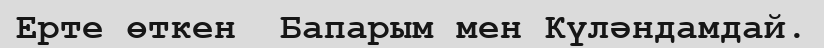
Ерте өткен  Бапарым мен Күләндамдай.